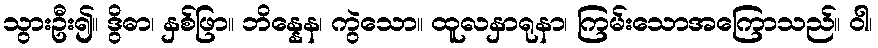
သွားဦး၍။ ဒွိဓာ၊ နှစ်ဖြာ။ ဘိန္နေန၊ ကွဲသော။ ထူလနှာရုနာ၊ ကြမ်းသောအကြောသည်။ ဝါ၊